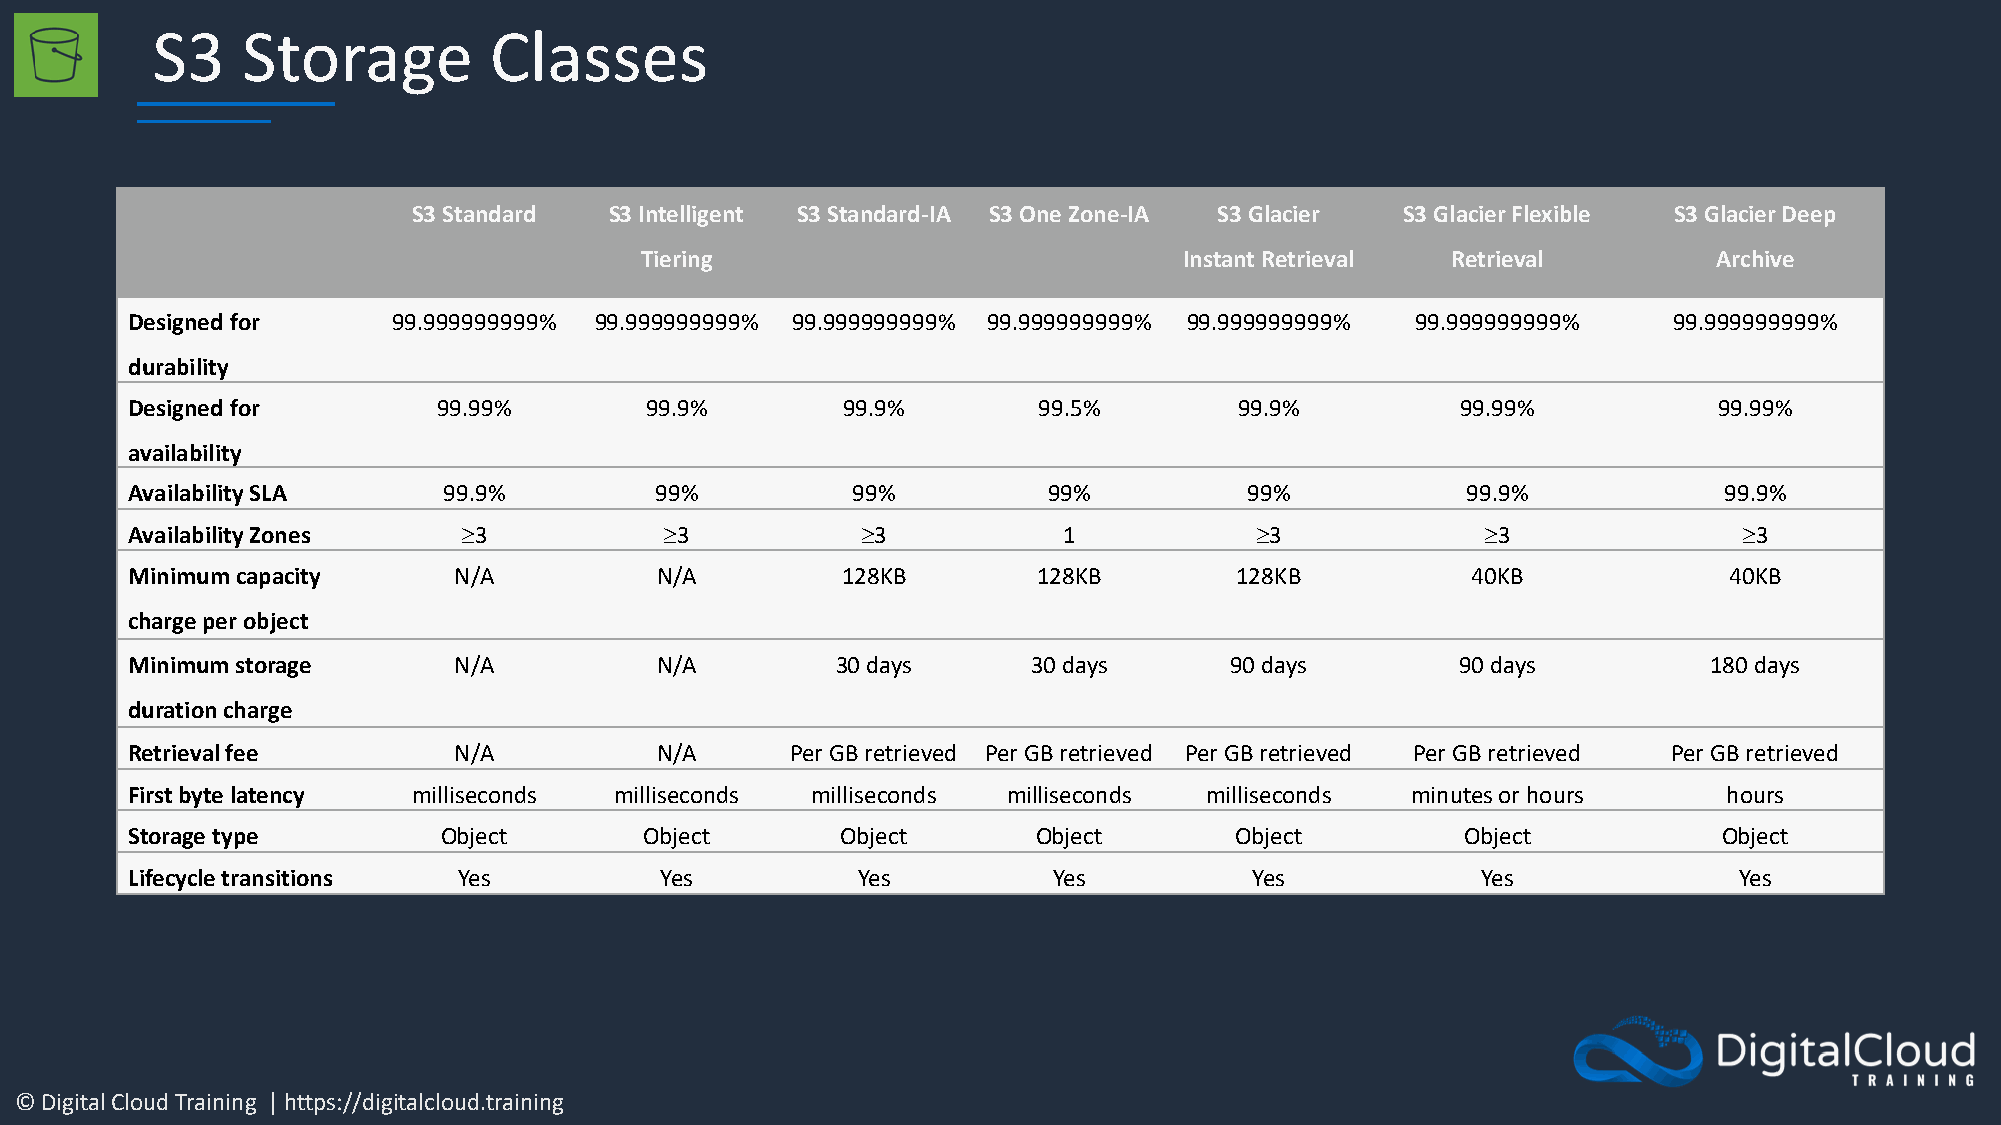
S3    Storage         Classes
 S3 Standard  S3 Intelligent S3 Standard-IA S3 One Zone-IA S3 Glacier S3 Glacier Flexible S3 Glacier Deep
 Tiering                             Instant Retrieval Retrieval         Archive
 Designed for      99.999999999% 99.999999999% 99.999999999% 99.999999999% 99.999999999% 99.999999999%  99.999999999%
 durability
 Designed for         99.99%        99.9%        99.9%        99.5%        99.9%          99.99%           99.99%
 availability
 Availability SLA     99.9%         99%          99%          99%           99%           99.9%            99.9%
 Availability Zones     3           3           3           1            3             3               3
 Minimum capacity      N/A          N/A          128KB        128KB        128KB          40KB             40KB
 charge per object
 Minimum storage       N/A          N/A         30 days      30 days      90 days         90 days         180 days
 duration charge
 Retrieval fee         N/A          N/A      Per GB retrieved Per GB retrieved Per GB retrieved Per GB retrieved Per GB retrieved
 First byte latency milliseconds  milliseconds milliseconds milliseconds milliseconds minutes or hours     hours
 Storage type         Object        Object       Object       Object       Object         Object           Object
 Lifecycle transitions Yes           Yes          Yes          Yes          Yes            Yes              Yes
 © Digital Cloud Training | https://digitalcloud.training